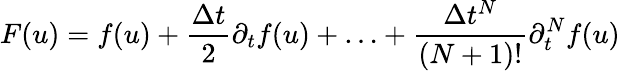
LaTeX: F(u)=f(u)+\frac{\Delta t}{2}\partial_{t}f(u)+\ldots+\frac{\Delta t^{N}}{(N+1)!}\partial_{t}^{N}f(u)